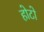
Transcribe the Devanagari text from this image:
होटो